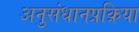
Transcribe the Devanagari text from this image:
अनुसंधानप्रक्रिया